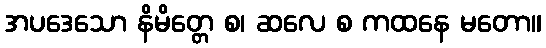
အပဒေသော နိမိတ္တေ စ၊ ဆလေ စ ကထနေ မတော။